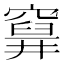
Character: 𥨗